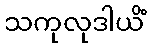
သကုလုဒါယိံ